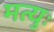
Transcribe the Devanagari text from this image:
मत्युः